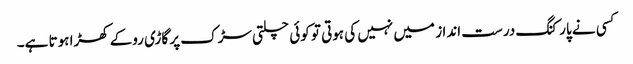
کسی نے پارکنگ درست انداز میں نہیں کی ہوتی تو کوئی چلتی سڑک پر گاڑی روکے کھڑا ہوتا ہے۔